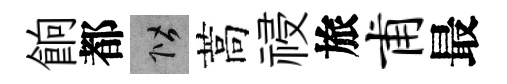
餉都階蒿祲旅甫最